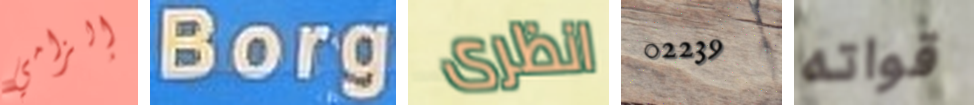
إلزامي Borg انظرى 02239 قواته